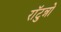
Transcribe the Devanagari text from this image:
राॅटुन्नो